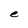
Character: e